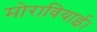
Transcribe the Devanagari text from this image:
मोरावियाई।